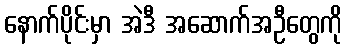
နောက်ပိုင်းမှာ အဲဒီ အဆောက်အဦတွေကို